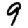
Digit: 9